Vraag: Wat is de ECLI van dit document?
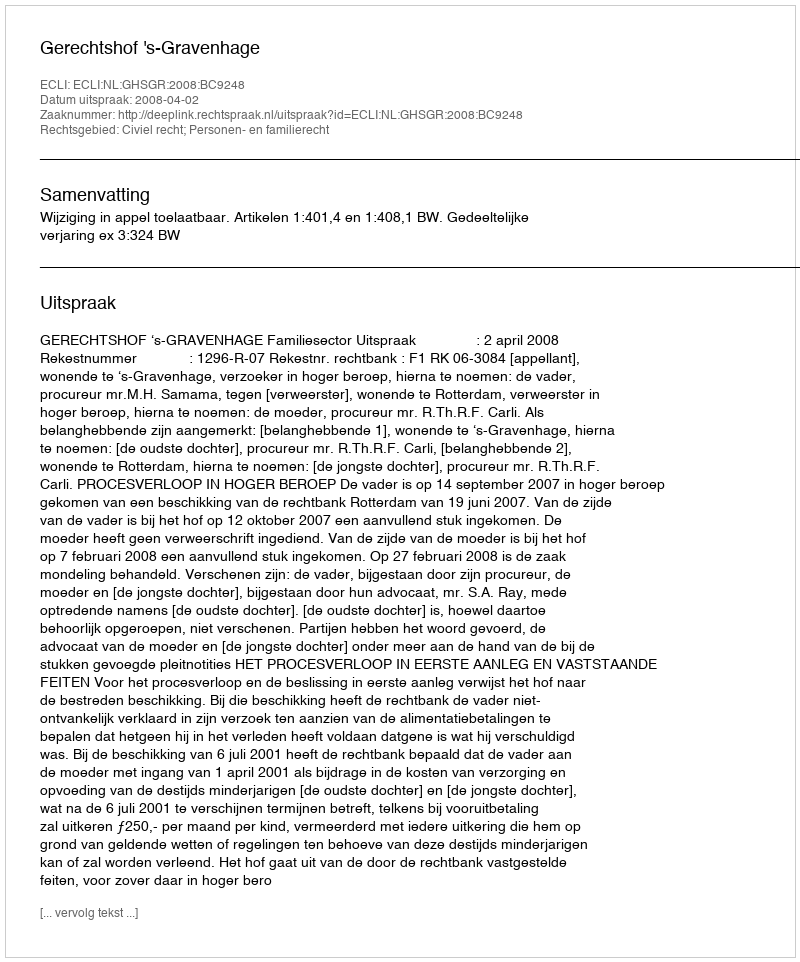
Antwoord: ECLI:NL:GHSGR:2008:BC9248